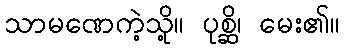
သာမဏေကဲ့သို့။ ပုစ္ဆိ၊ မေး၏။